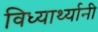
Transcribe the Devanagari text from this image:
विध्यार्थ्यानी